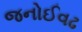
જનોઈવઢ